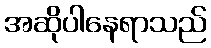
အဆိုပါနေရာသည်